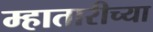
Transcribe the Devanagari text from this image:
म्हातारीच्या